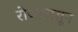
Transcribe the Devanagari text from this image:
रोजापासून